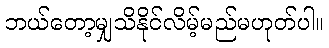
ဘယ်တော့မျှသိနိုင်လိမ့်မည်မဟုတ်ပါ။